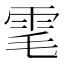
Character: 雮